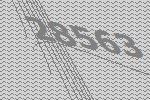
28563